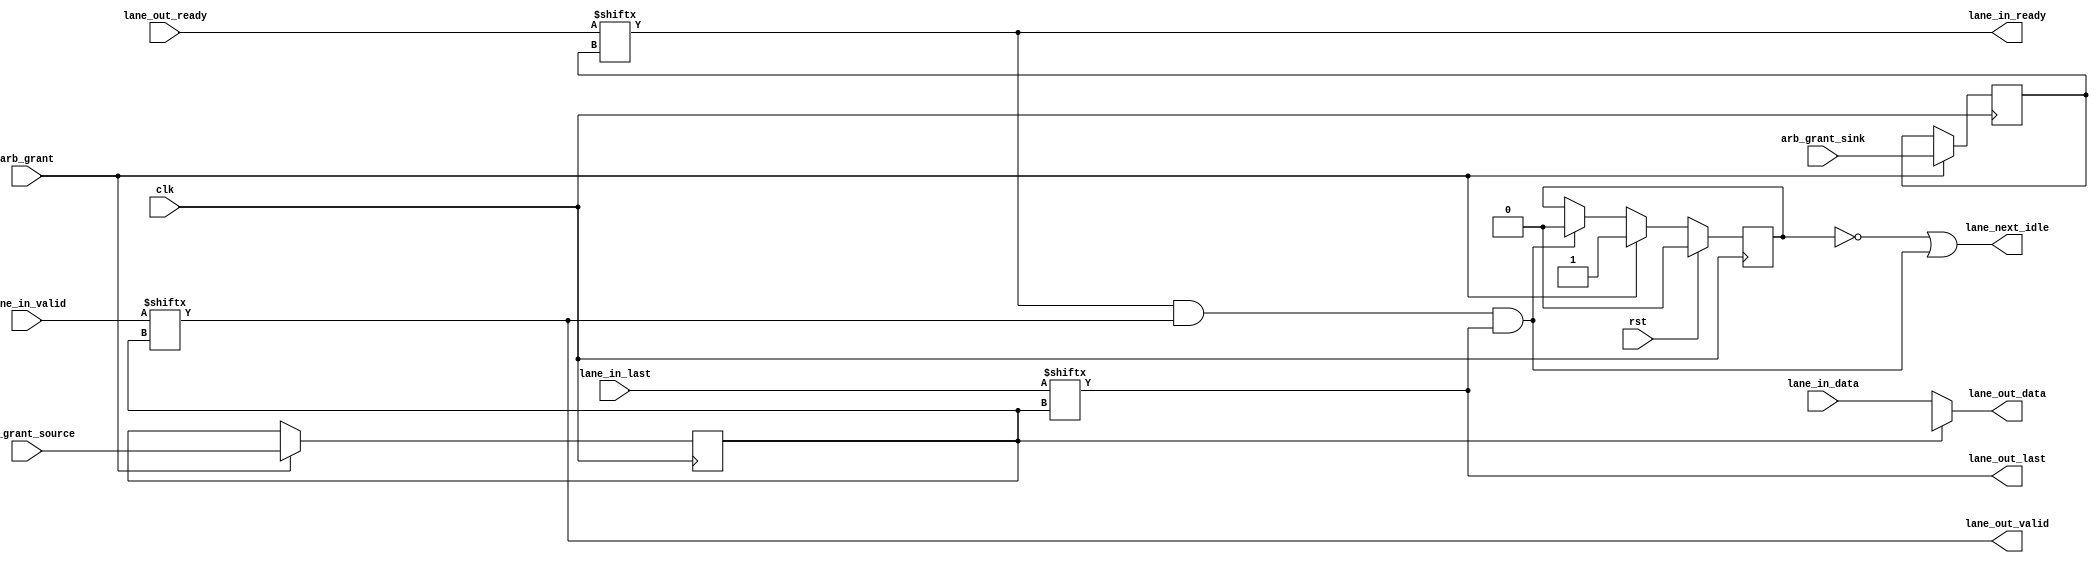

module dlsc_axi_router_channel_lane #(
    parameter DATA              = 32,
    parameter SOURCES           = 1,
    parameter SOURCESB          = 1,
    parameter SINKS             = 1,
    parameter SINKSB            = 1
) (
    // System
    input   wire                            clk,
    input   wire                            rst,

    // Lane status
    output  wire                            lane_next_idle,

    // Lane arbitration
    input   wire                            arb_grant,
    input   wire    [SOURCESB-1:0]          arb_grant_source,
    input   wire    [SINKSB-1:0]            arb_grant_sink,

    // Data from sources
    output  wire                            lane_in_ready,
    input   wire    [SOURCES-1:0]           lane_in_valid,
    input   wire    [SOURCES-1:0]           lane_in_last,
    input   wire    [(SOURCES*DATA)-1:0]    lane_in_data,

    // Data to sinks
    input   wire    [SINKS-1:0]             lane_out_ready,
    output  wire                            lane_out_valid,
    output  wire                            lane_out_last,
    output  wire    [DATA-1:0]              lane_out_data
);

genvar j;

wire    [DATA-1:0]      lane_in_data_mux[SOURCES-1:0];
generate
for(j=0;j<SOURCES;j=j+1) begin:GEN_LANE_IN_DATA_MUX
    assign lane_in_data_mux[j] = lane_in_data[(j*DATA)+:DATA];
end
endgenerate;


// latch arbitration

reg                     grant;
reg     [SOURCESB-1:0]  source;
reg     [SINKSB-1:0]    sink;

assign                  lane_in_ready   = lane_out_ready[sink];
assign                  lane_out_valid  = lane_in_valid[source];
assign                  lane_out_last   = lane_in_last[source];
assign                  lane_out_data   = lane_in_data_mux[source];

wire                    grant_clear     = lane_in_ready && lane_out_valid && lane_out_last;

assign                  lane_next_idle  = !grant || grant_clear;

always @(posedge clk) begin
    if(rst) begin
        grant   <= 1'b0;
    end else begin
        if(grant_clear) begin
            // clear arbitration on last beat
            grant   <= 1'b0;
        end
        if(arb_grant) begin
            // latch arbitration on grant
            grant   <= 1'b1;
        end
    end
end

always @(posedge clk) begin
    if(arb_grant) begin
        source  <= arb_grant_source;
        sink    <= arb_grant_sink;
    end
end


`ifdef DLSC_SIMULATION
`include "dlsc_sim_top.vh"

always @(posedge clk) begin
    if(arb_grant && grant && !grant_clear) begin
        `dlsc_error("grant overflow");
    end
end

`include "dlsc_sim_bot.vh"
`endif

endmodule